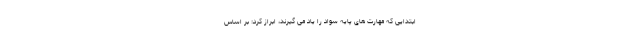
ابتدایی که مهارت های پایه سواد را یاد می گیرند، ابراز کرد: بر اساس